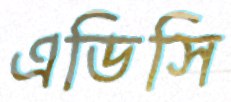
এডিসি